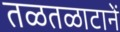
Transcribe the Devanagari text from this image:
तळतळाटानें